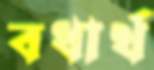
বধার্থ